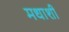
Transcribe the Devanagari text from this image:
मधाशी